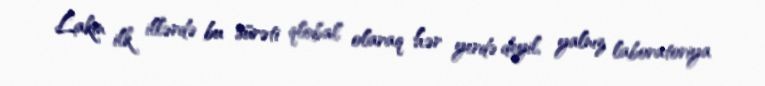
Lakin ilk illərdə bu sürəti qlobal olaraq hər yerdə deyil, yalnız laboratoriya